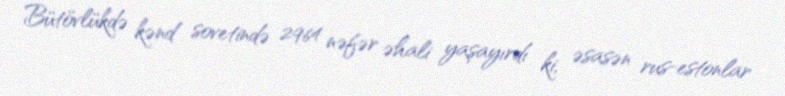
Bütövlükdə kənd sovetində 2964 nəfər əhali yaşayırdı ki, əsasən rus-estonlar